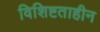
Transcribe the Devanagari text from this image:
विशिष्टताहीन